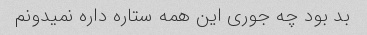
بد بود چه جوری این همه ستاره داره نمیدونم